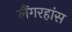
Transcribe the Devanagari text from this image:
लैंगरहांस